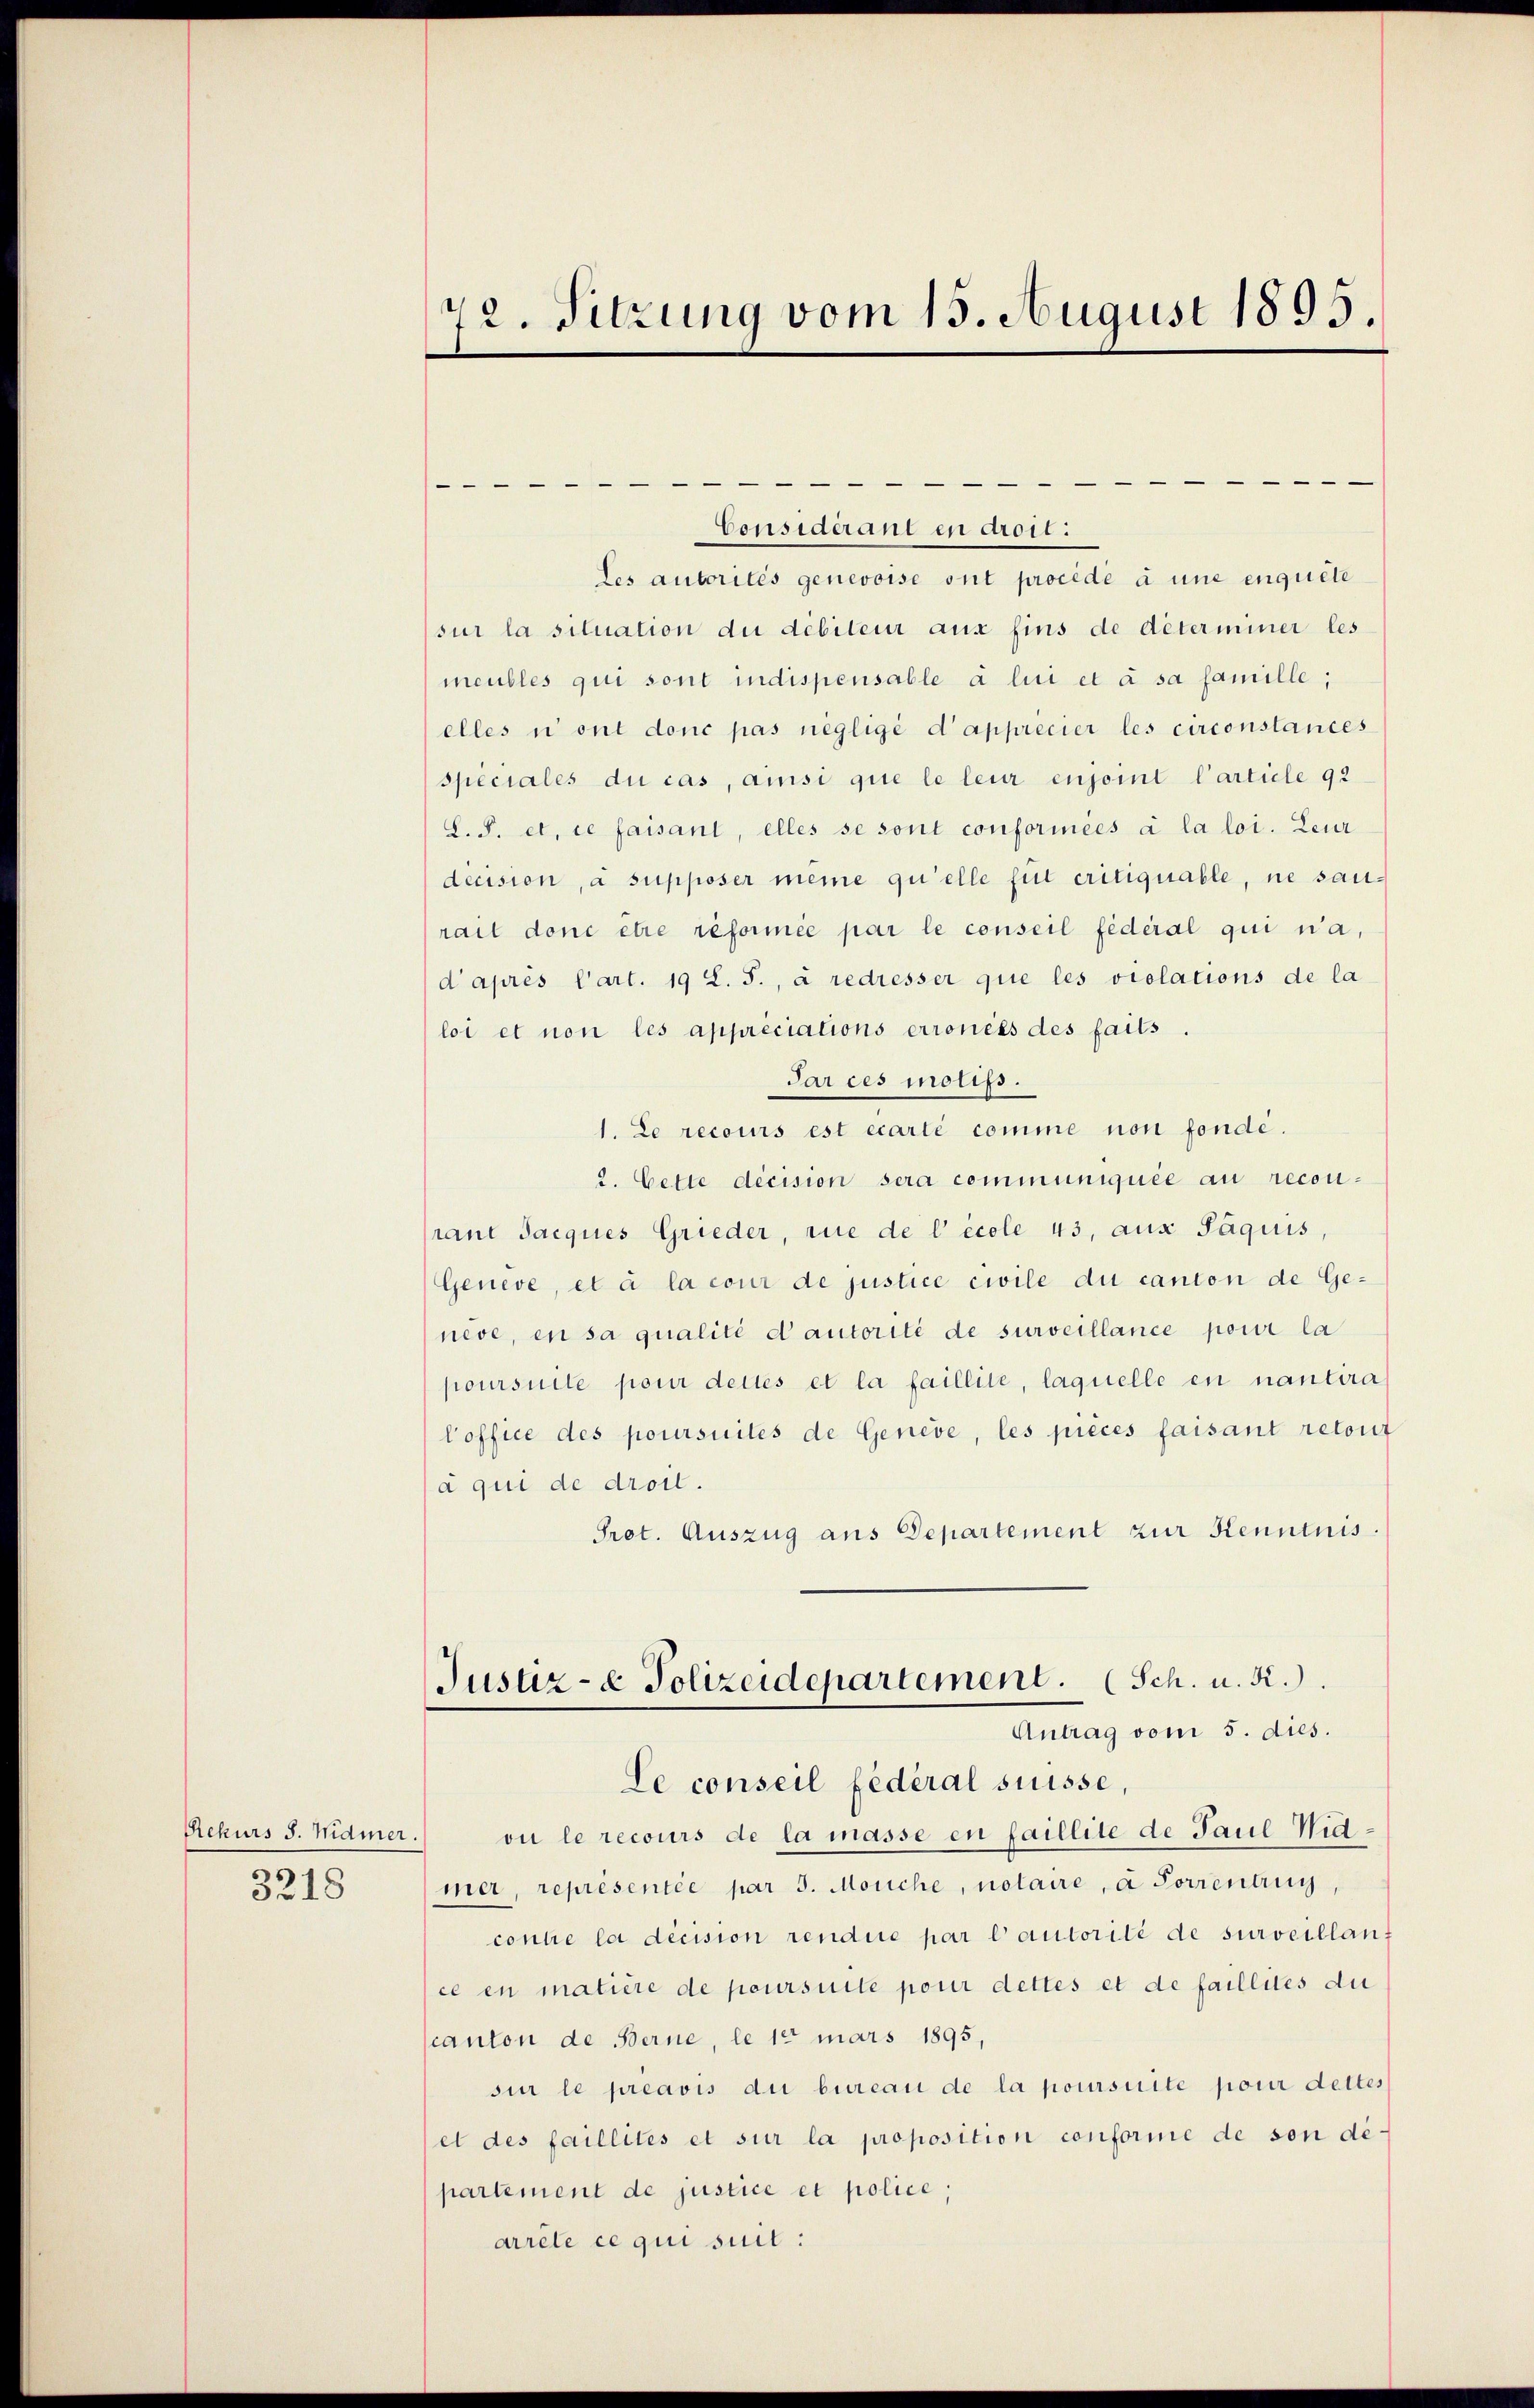
Rekurs S. Widmer
3218

72. Sitzung vom 15. August 1895.

e
1
Considérant en droil:
Les autorités genevoise ont procédé à une enquete
sur la situation du débiteur aus fins de déterminer les
meubles qui sont indispensable à lui et à sa famille;
elles i ont donc pas negligé d’apprécier les circonstances
speciales du cas, ansi que le leur enjoint l’article 92
L. P. et ce faisant, elles se sont conformées à la loi. Leur
decision, a supposer meine qu’elle für critiquable, ne sanrait dont être reformée par le conseil fédéral qui na,
d’après l’art. 19 L. S., à redresser que les orelations de la
loi et non les appreciations erroncès des faits.
Par ces motifs.
1. Le recours est écarte comme non fondé.
2. Cette décision sera communiquée au reconpant Jacques Grieder, rue de l’école 43, aus Paquis,
Geneve, et à la cour de justice civile du canton de Geneve, en sa qualité d’autorité de surveillance pour la
poursuite pour dettes et la faillite, laquelle en nantira
loffice des poursuites de Genève, les pieces faisant retont
à qui de droil.
Prot. Auszug aus Departement zur Kenntnis.
Justiz- & Polizeidepartement. (Sch. u. R.
Antrag vom 5. dies.
Le conseil fédéral suisse
ou le recours de la masse en faillite de Paul Widmer, representée par 5. Morche, notaire, à Forrentrug,
contre la décision rendire par lautorité de surveillanf
ce en matière de poursuite pour dettes et de faillites du
canton de Berne, le 12 mars 1895
sur le préavis du bureau de la poursuite pour dettes
et des faillités et sur la proposition conforme de son de-
partement de justice et police
arrête ce qui suit: